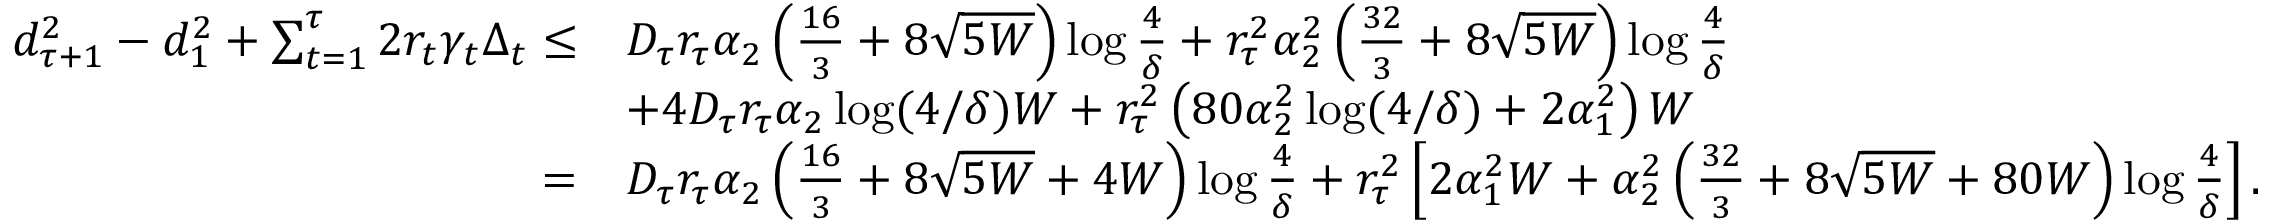
\begin{array} { r l } { d _ { \tau + 1 } ^ { 2 } - d _ { 1 } ^ { 2 } + \sum _ { t = 1 } ^ { \tau } 2 r _ { t } \gamma _ { t } \Delta _ { t } \leq } & { D _ { \tau } r _ { \tau } \alpha _ { 2 } \left( \frac { 1 6 } { 3 } + 8 \sqrt { 5 W } \right) \log \frac { 4 } { \delta } + r _ { \tau } ^ { 2 } \alpha _ { 2 } ^ { 2 } \left( \frac { 3 2 } { 3 } + 8 \sqrt { 5 W } \right) \log \frac { 4 } { \delta } } \\ & { + 4 D _ { \tau } r _ { \tau } \alpha _ { 2 } \log ( 4 / \delta ) W + r _ { \tau } ^ { 2 } \left( 8 0 \alpha _ { 2 } ^ { 2 } \log ( 4 / \delta ) + 2 \alpha _ { 1 } ^ { 2 } \right) W } \\ { = } & { D _ { \tau } r _ { \tau } \alpha _ { 2 } \left( \frac { 1 6 } { 3 } + 8 \sqrt { 5 W } + 4 W \right) \log \frac { 4 } { \delta } + r _ { \tau } ^ { 2 } \left[ 2 \alpha _ { 1 } ^ { 2 } W + \alpha _ { 2 } ^ { 2 } \left( \frac { 3 2 } { 3 } + 8 \sqrt { 5 W } + 8 0 W \right) \log \frac { 4 } { \delta } \right] . } \end{array}